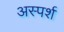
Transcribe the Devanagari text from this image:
अस्पर्श